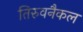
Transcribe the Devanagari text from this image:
तिरुवनैकल